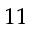
^ { 1 1 }